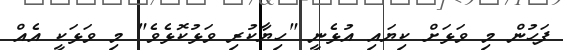
ފަހުން މި ވަޅަށް ކިޔައި އުޅެނީ "ހިޔާކުރި ވަޅުކޮޅެވެ" މި ވަޅަކީ އެއް